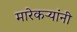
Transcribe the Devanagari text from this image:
मारेकऱ्यांनी